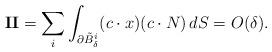
LaTeX: \begin{align*}\mathbf{II} & = \sum_i \int_{\partial \tilde B^i_\delta} (c \cdot x) (c \cdot N ) \, dS = O(\delta). \end{align*}